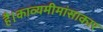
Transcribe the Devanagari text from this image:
है।काव्यमीमांसाकार